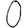
Digit: 0